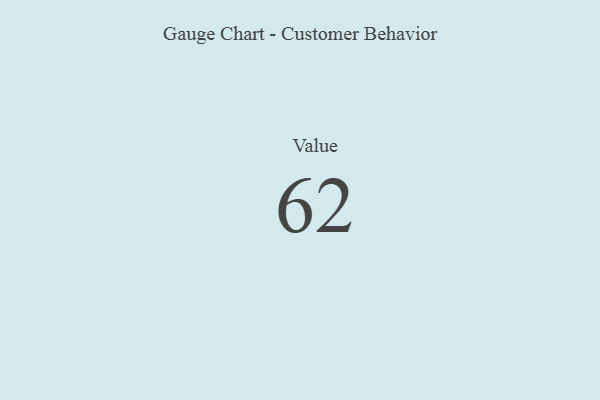
{"axis": {"x": "Metric", "y": "Value"}, "legend": [""], "data": [{"x": "Value", "y": 62, "type": ""}]}